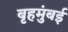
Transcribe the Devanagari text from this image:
बृहमुंबई